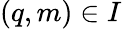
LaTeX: (q,m)\in I